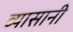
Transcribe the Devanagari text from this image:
व्यासानी